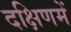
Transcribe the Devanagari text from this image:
दक्षिणमें